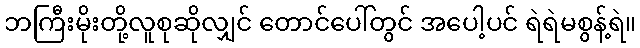
ဘကြီးမိုးတို့လူစုဆိုလျှင် တောင်ပေါ်တွင် အပေါ့ပင် ရဲရဲမစွန့်ရဲ။